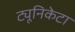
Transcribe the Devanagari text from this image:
ट्यूनिकेटा